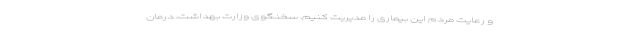
و رعایت مردم این بیماری را مدیریت کنیم. سخنگوی وزارت بهداشت، درمان